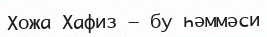
Хожа Хафиз – бу һәммәси